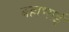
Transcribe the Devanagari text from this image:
बल्लभाई